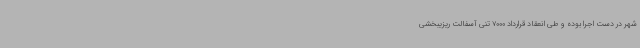
شهر در دست اجرا بوده و طی انعقاد قرارداد 7000 تنی آسفالت ریزیبخشی